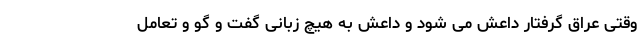
وقتی عراق گرفتار داعش می شود و داعش به هیچ زبانی گفت و گو و تعامل